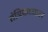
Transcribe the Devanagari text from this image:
तंत्रिकाजाल